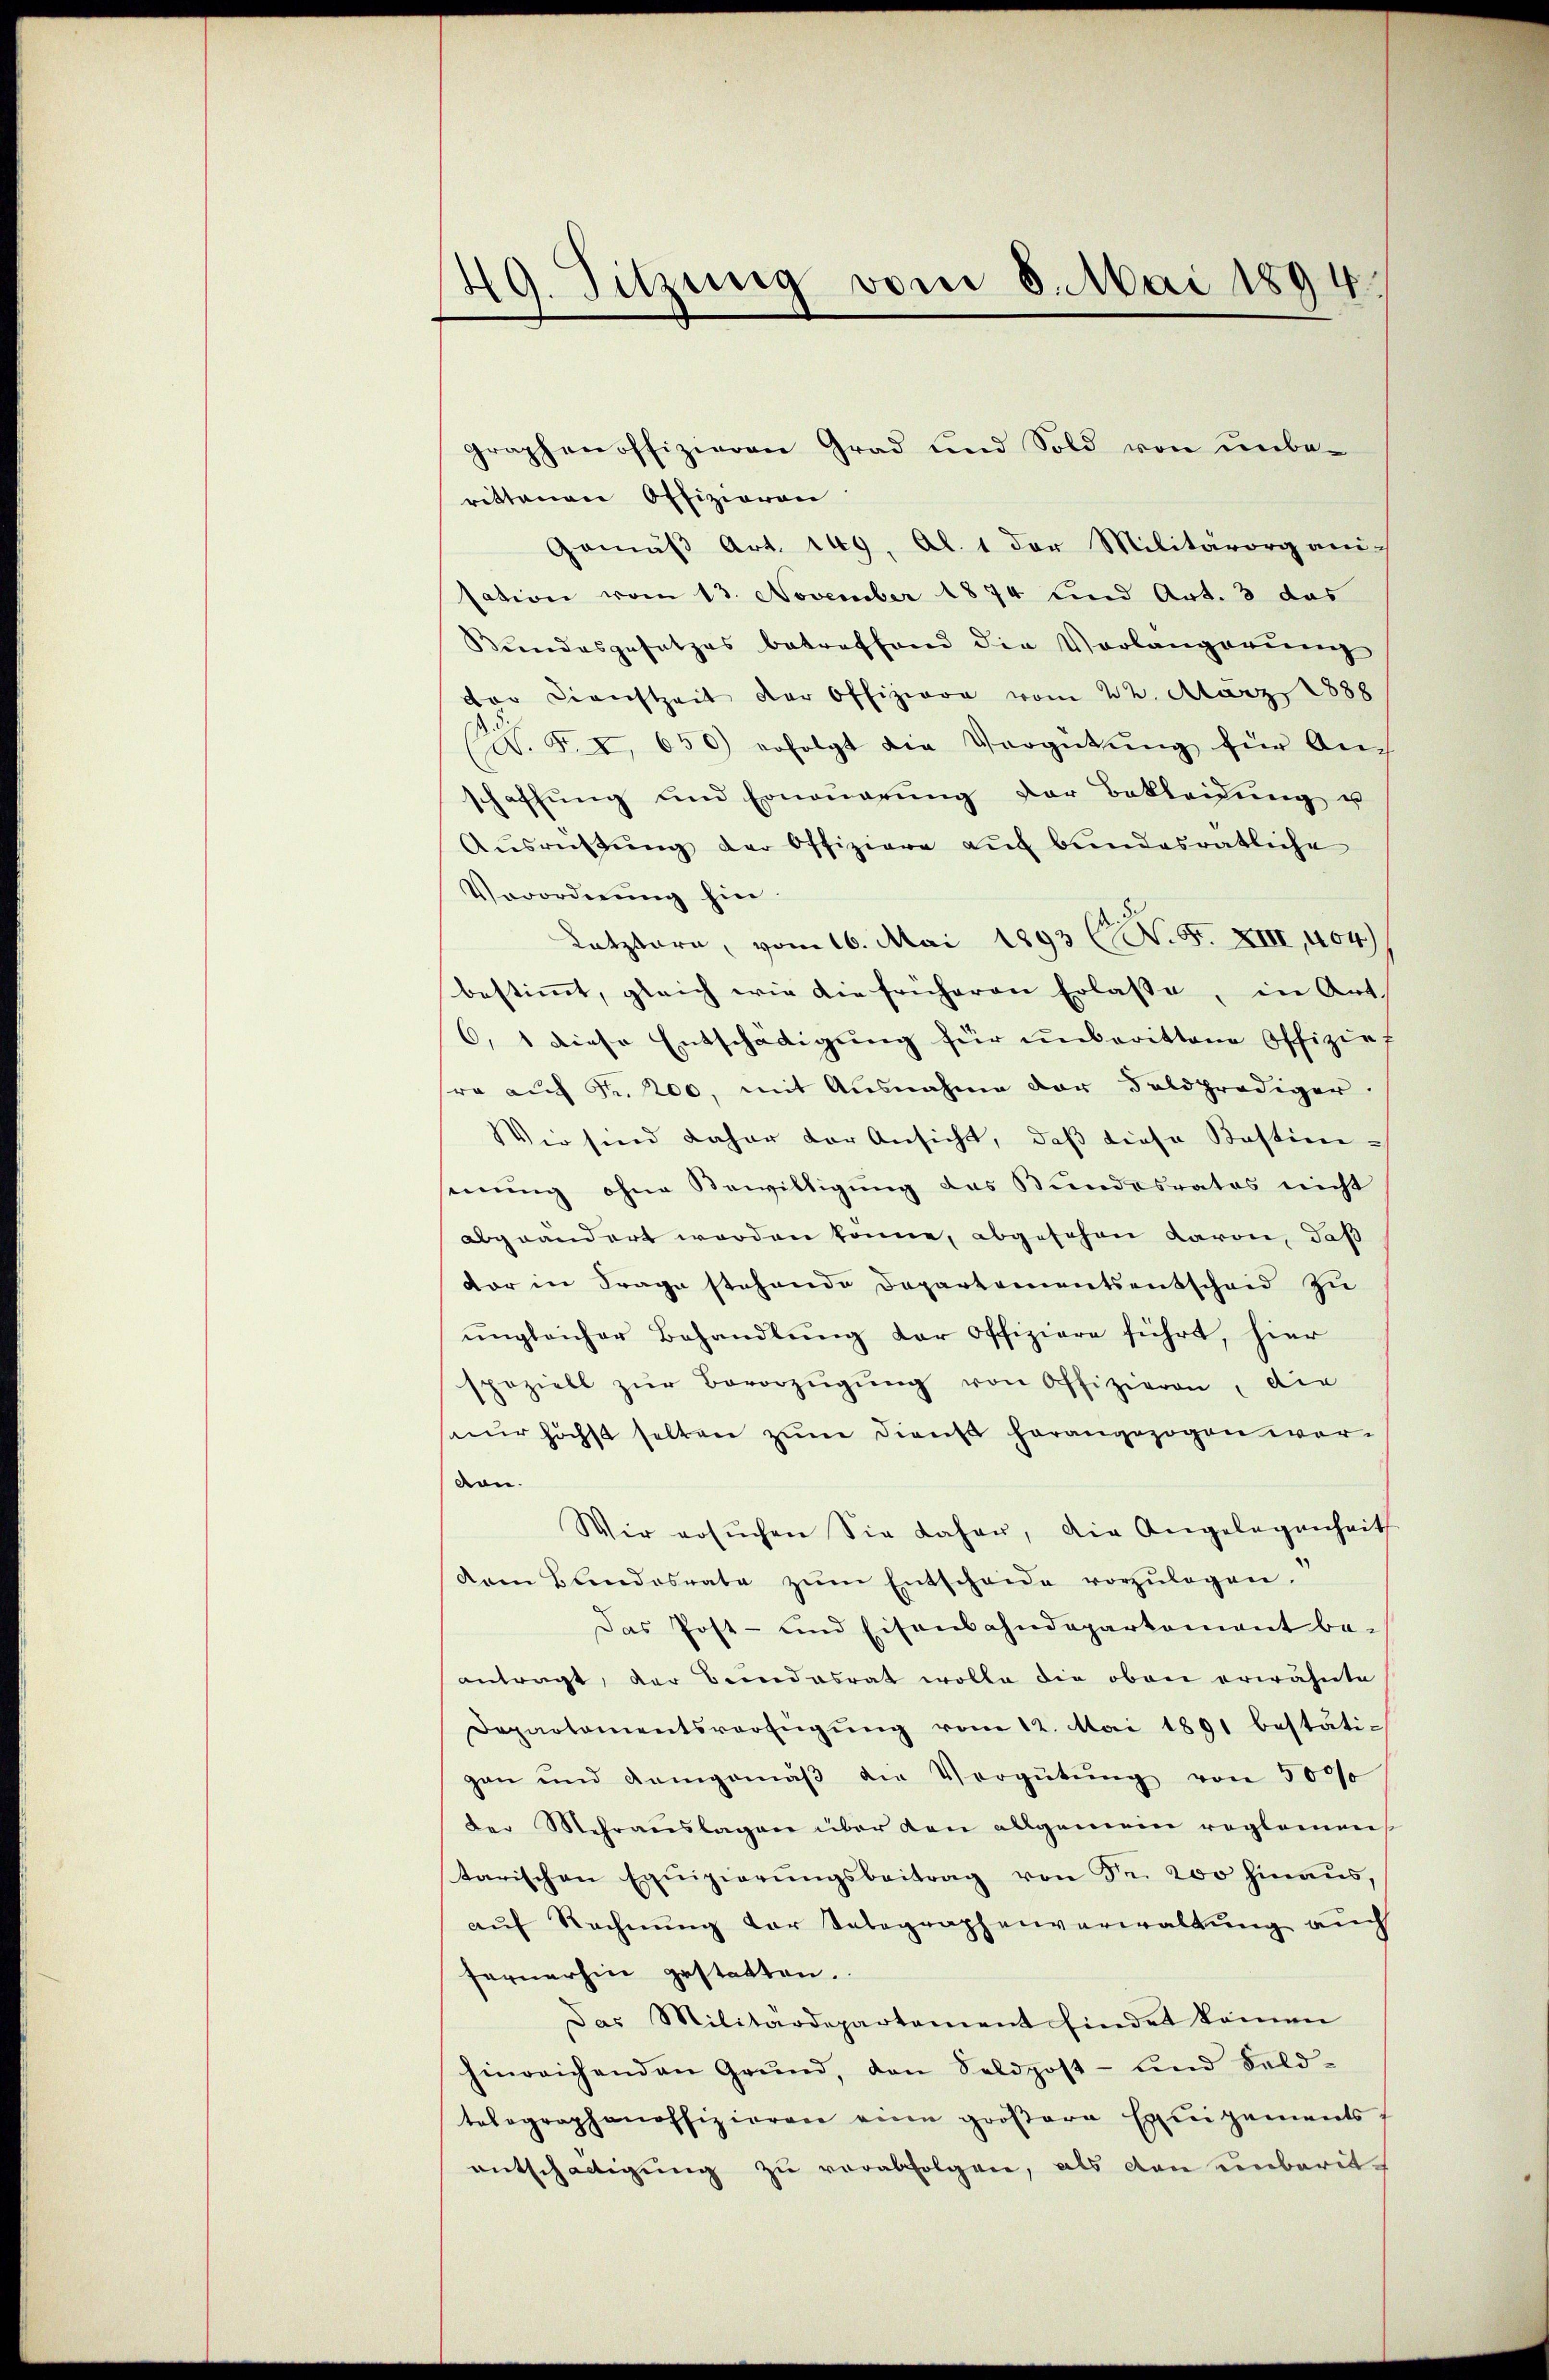
49. Sitzung vom 8. Mai 1894.

graphenoffizieren Grad und Sold von ŭnbe-
rittenen Offizieren
Gemäβ Art. 149, Al. 1 der Militärorganisation vom 13. November 1874 und Art. 3 das
Bundesgesetzes betreffend die Vorlangerŭng
der Dienstzeit der Offiziere vom 22. März 1888
C. 5. I. 650 erfolgt die Vergütŭng für Anschaffŭng und Erneŭerŭng der Bekleidŭng u
Aŭsrichtŭng der Offiziere auf bundesratliche
Verordnŭng hin.
Letztern, vom 16. Mai 1893 (N. F. XIII, 404)
bestimmt, gleich wie die früheren Erlasse, in Art.
6, 1 diese Entschädigung für unberittene Offiziel
ra auf Fr. 200, mit Ausnahme der Feldprediger.
Wie sind daher der Ansicht, daß diese Bestimsenung ohne Bewilligung das Bundesrates nicht
abgeändert worden könne, abgesehen davon, daß
vor in Frage stehende Departementsentscheid zu
ŭngleicher Behandlŭng der offiziere führt, hier
speziell zŭr Bevorzŭgŭng von Offizieren, die
seur höchst selben zum Dienst herangezogen wordon.
Wir ersŭchen Sie daher, die Angelegenheit
dem Bundesrate zŭm Entscheide vorzŭlegen.
Das Post- und Eisenbahndepartement be-
antragt, der Bundesrat wolle die oben erwähnte
Departamentsverfügŭng vom 12. Mai 1891 bestäti-
gan und demgemäβ die Vergütŭng von 5000
der Mehraŭslagen über den allgemein reglemen
tarischen Exŭigierŭngsbeitrag von Sr. 200 hinaus
aŭf Rechnŭng der Telegraphenverwaltŭng auch
fernerhin gestatten.
Das Militärdepartement findet keinen
hinreichenden Grŭnd, den Seldpost- und Feld-
tolographenoffizieren eine gröβere Equipements-
entschädigung zu verabfolgen, als dan einbarit¬